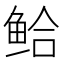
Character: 𫚗